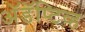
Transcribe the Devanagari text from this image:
अॅडॅप्टिव्ह